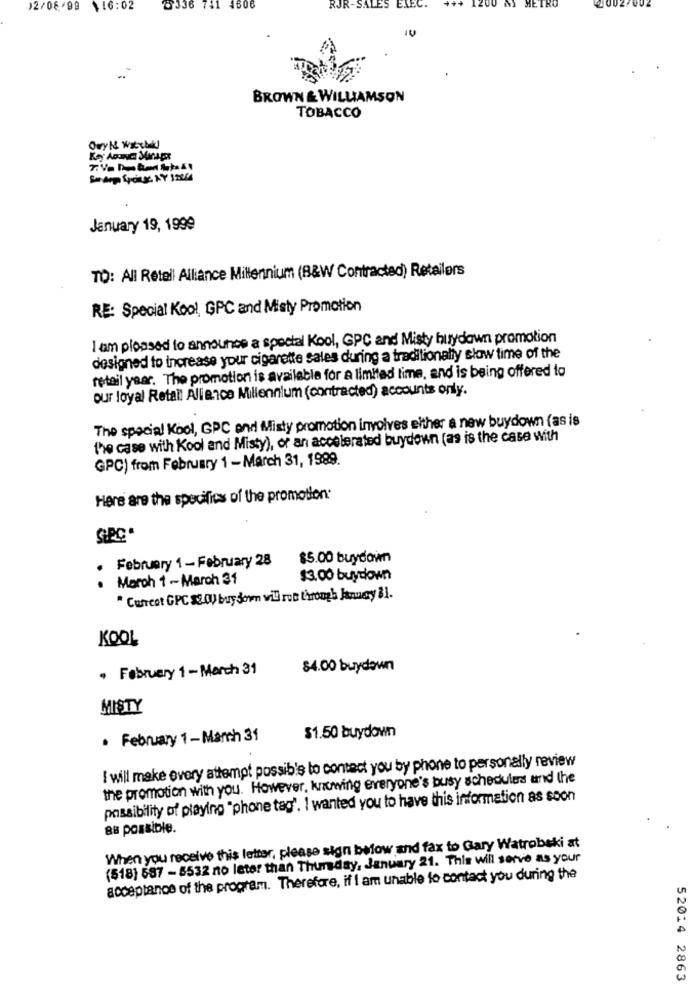
12/06/99 116:02
2336 741 4606
RJR-S
EXEC.
METRO
BROWN & WILLIAMSON
TOBACCO
January 19, 1999
TO: All Retail Alliance Millennium (B&W Contracted) Retailers
RE: Special Kool GPC and Misty Promotion
I am pleased to announce a special Kool, GPC and Misty buydown promotion
designed to increase your cigarette sales during a traditionally slow time of the
retail year. The promotion is available for a limited time, and is being offered to
our loyal Retail Alliance Millennium (contracted) accounts only.
The special Kool, GPC and Misty promotion involves either a new buydown (as is
the case with Kool and Misty), or an accelerated buydown (as is the case with
GPC) from February 1 - March 31, 1989.
Here are the specifics of the promotion.
SPC.
February 1 - February 28
$5.00 buydown
March 1 - March 31
13.00 buydown
" Cufrcot GPC $2.0) buy joven will run through Janney 81.
KOOL
. February 1 - March 31
84.00 buydown
MISTY
. February 1 - March 31
$1.50 buydown
I will make every attempt possible to contact you by phone to personally review
the promotion with you. However, knowing everyone's busy schedules and the
possibility of playing "phone tag'. I wanted you to have this information as soon
88 possible.
When you receive this letter, please sign below and fax to Gary Watrobski at
(518) 587 - 8532 no later than Thursday, January 21. This will serve as your
acceptance of the program. Therefore, if I am unable to contact you during the
52014 2863